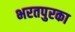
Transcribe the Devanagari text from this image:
भरतपुरका